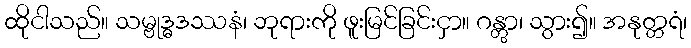
ထိုငါသည်။ သမ္ဗုဒ္ဓဒဿနံ၊ ဘုရားကို ဖူးမြင်ခြင်းငှာ။ ဂန္တွာ၊ သွား၍။ အနုတ္တရံ၊